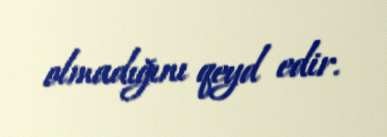
olmadığını qeyd edir.